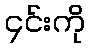
၄င်းကို